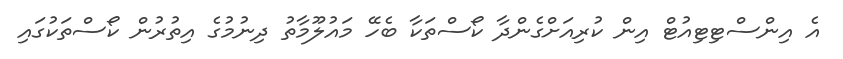
އެ އިންސްޓިޓިއުޓް އިން ކުރިއަށްގެންދާ ކޯސްތަކާ ބެހޭ މައުލޫމާތު ދިނުމުގެ އިތުރުން ކޯސްތަކުގައި